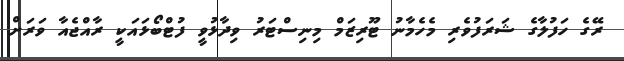
ރޭގެ ހަފުލާގެ ޝަރަފުވެރި މެހެމާނު ޓޫރިޒަމް މިނިސްޓަރު ވިދާޅުވީ ފުޓްބޯޅައަކީ ރާއްޖެއާ ވަރަށް